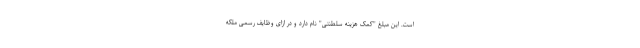
است. این مبلغ "کمک هزینه سلطنتی" نام دارد و در ازای وظایف رسمی ملکه